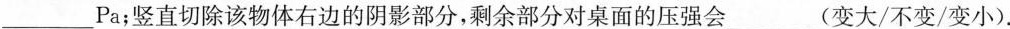
___Pa；竖直切除该物体右边的阴影部分，剩余部分对桌面的压强会___(变大/不变/变小)。